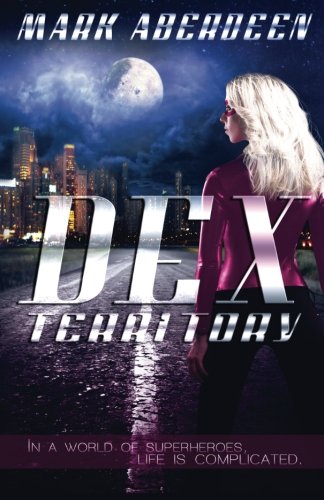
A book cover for Dex Territory; Mark Aberdeen; Science Fiction & Fantasy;